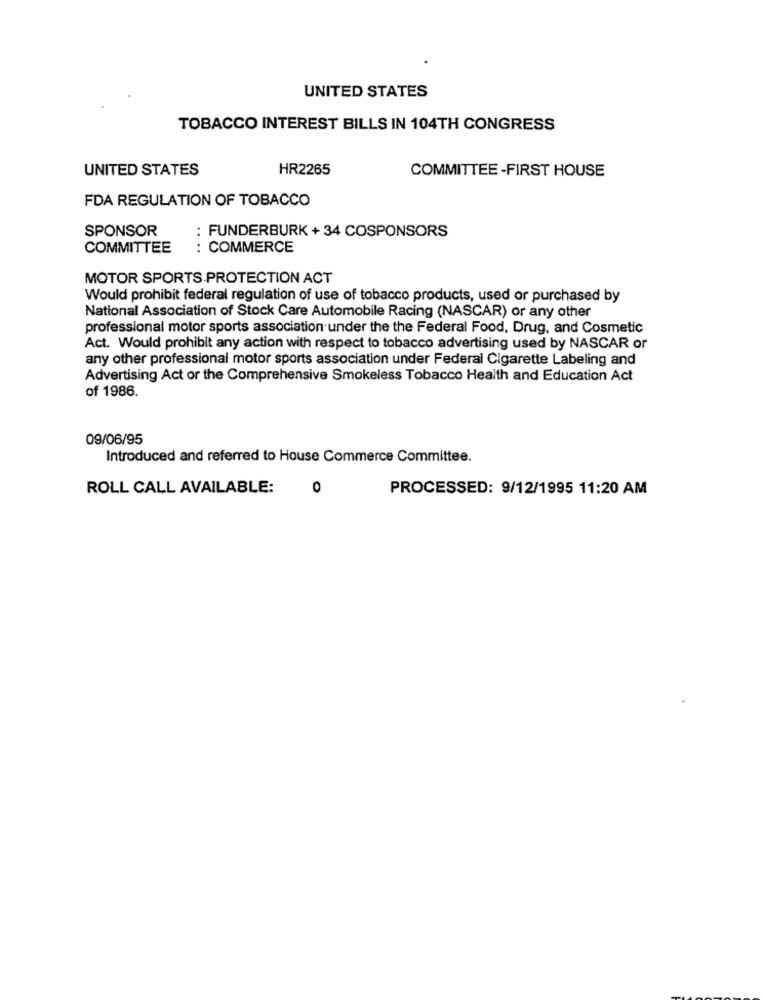
UNITED STATES
TOBACCO INTEREST BILLS IN 104TH CONGRESS
UNITED STATES
HR2265
COMMITTEE-FIRST HOUSE
FDA REGULATION OF TOBACCO
SPONSOR
: FUNDERBURK + 34 COSPONSORS
COMMITTEE
: COMMERCE
MOTOR SPORTS PROTECTION ACT
Would prohibit federal regulation of use of tobacco products, used or purchased by
National Association of Stock Care Automobile Racing (NASCAR) or any other
professional motor sports association under the the Federal Food, Drug, and Cosmetic
Act. Would prohibit any action with respect to tobacco advertising used by NASCAR or
any other professional motor sports association under Federal Cigarette Labeling and
Advertising Act or the Comprehensive Smokeless Tobacco Health and Education Act
of 1986.
09/06/95
Introduced and referred to House Commerce Committee.
ROLL CALL AVAILABLE:
0
PROCESSED: 9/12/1995 11:20 AM